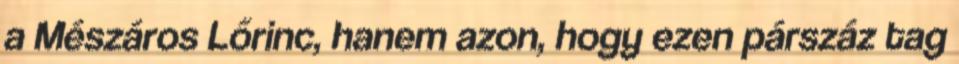
a Mészáros Lőrinc, hanem azon, hogy ezen párszáz tag